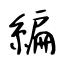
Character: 編